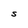
Character: S